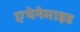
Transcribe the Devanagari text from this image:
एथेनेमाइड